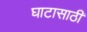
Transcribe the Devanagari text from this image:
घाटासाठी